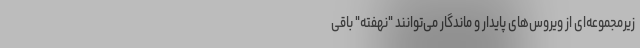
زیرمجموعه‌ای از ویروس‌های پایدار و ماندگار می‌توانند "نهفته" باقی